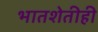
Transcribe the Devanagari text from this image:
भातशेतीही